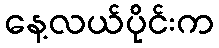
နေ့လယ်ပိုင်းက